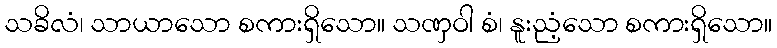
သခိလံ၊ သာယာသော စကားရှိသော။ သဏှဝါ စံ၊ နူးညံ့သော စကားရှိသော။